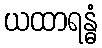
ယထာရန္ဓံ